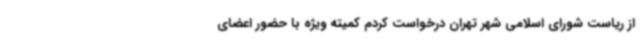
از ریاست شورای اسلامی شهر تهران درخواست کردم کمیته ویژه با حضور اعضای